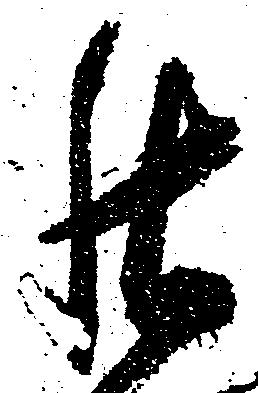
罷